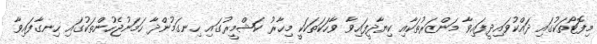
މިފޮޓޯތަކުގައި ދައްކުވައިދީފައިވާ މަންޒަރުތަކާއި ކިޔާދީފައިވާ ވާހަކަތަކަކީ މިހާރު ކަޝްމީރުގައި ހިނގަމުންދާ ހަމަނުޖެހުންތަކުގައި ހިނގާފައިވާ